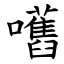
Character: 嚿